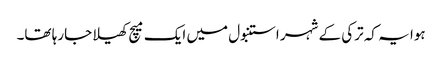
ہوا یہ کہ ترکی کے شہر استنبول میں ایک میچ کھیلا جارہا تھا۔